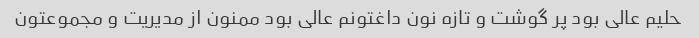
حلیم عالی بود پر گوشت و تازه نون داغتونم عالی بود ممنون از مدیریت و مجموعتون